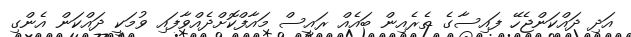
އަދި ދައްކަންޖެހޭ ފައިސާގެ ތެރެއިން ބައެއް ރައީސް މައާފްކޮށްދެއްވާފައި ވުމަކީ ދައްކަން އެންގި